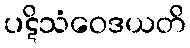
ပဋိသံဝေဒယတိ